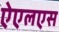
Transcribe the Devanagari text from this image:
ऐएलएस